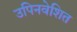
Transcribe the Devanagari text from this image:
उपिनवेशित